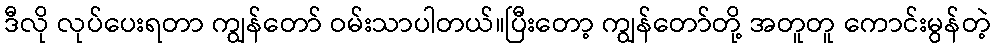
ဒီလို လုပ်ပေးရတာ ကျွန်တော် ဝမ်းသာပါတယ်။ပြီးတော့ ကျွန်တော်တို့ အတူတူ ကောင်းမွန်တဲ့